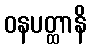
ဝနပတ္ထာနိ